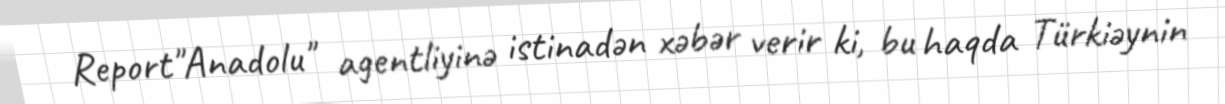
Report"Anadolu" agentliyinə istinadən xəbər verir ki, bu haqda Türkiəynin